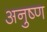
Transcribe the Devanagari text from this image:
अनुष्ण